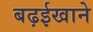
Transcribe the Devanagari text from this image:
बढ़ईखाने